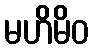
မဟိမိဝ